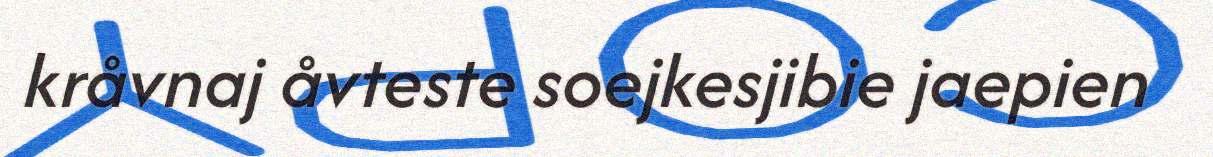
kråvnaj åvteste soejkesjibie jaepien